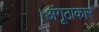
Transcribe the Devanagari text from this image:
।अंगूठाकार